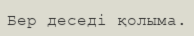
Бер деседі қолыма.